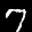
Label: 7